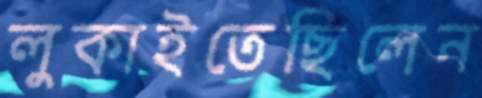
লুকাইতেছিলেন